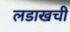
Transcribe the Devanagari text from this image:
लडाखची